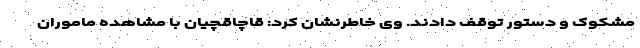
مشکوک و دستور توقف دادند. وی خاطرنشان کرد: قاچاقچیان با مشاهده ماموران